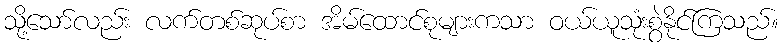
သို့သော်လည်း လက်တစ်ဆုပ်စာ အိမ်ထောင်စုများကသာ ဝယ်ယူသုံးစွဲနိုင်ကြသည်။